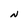
Character: N